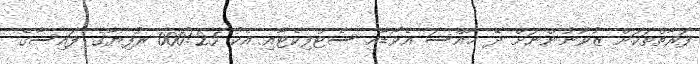
ފަރާތްތަކަށް ޒުވާނުންނަށް ދޭ ޚާއްސަ އެވޯޑާއި ސެޓްފިކެޓާއި އެކު 25?000 ރުފިޔާގެ ފައިސާގެ